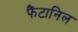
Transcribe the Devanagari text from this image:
फैंटानिल